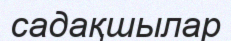
садақшылар